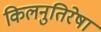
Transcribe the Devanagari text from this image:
किलनुतिरेषा